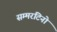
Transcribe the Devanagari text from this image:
सम्मरटिनो